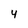
Character: 4